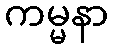
ကမ္မနာ